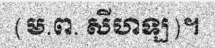
(ម.ព. សីហឡ)។